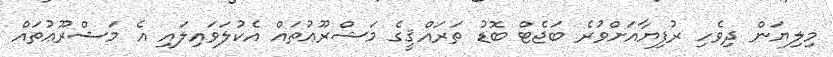
މިލިޔަން ދިވެހި ރުފިޔާއަށްވުރެ ބަޖެޓް ބޮޑު ތަރައްޤީގެ މަޝްރޫޢުތައް އެކުލަވައިލައި އެ މަޝްރޫޢުތައް